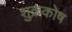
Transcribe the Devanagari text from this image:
शुक्रकोष